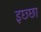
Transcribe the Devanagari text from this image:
इछ्छा